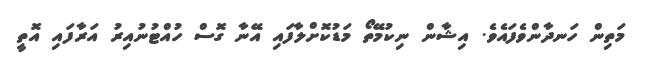
މަތިން ހަނދާންވެފައެވެ. އިޝާން ނިކުމޭތޯ މަޑުކޮށްލާފައި އޭނާ ގޮސް ހުއްޓުނުއިރު އަރާފައި އޮތީ